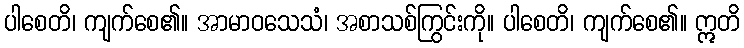
ပါစေတိ၊ ကျက်စေ၏။ အာမာဝသေသံ၊ အစာသစ်ကြွင်းကို။ ပါစေတိ၊ ကျက်စေ၏။ ဣတိ